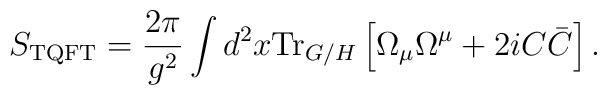
S_{\rm TQFT} = \frac{2\pi}{g^2}\int d^2x {\rm Tr}_{G/H}\left[\Omega_{\mu}\Omega^{\mu} + 2iC\bar{C}\right].